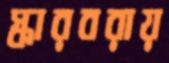
স্কারবরায়